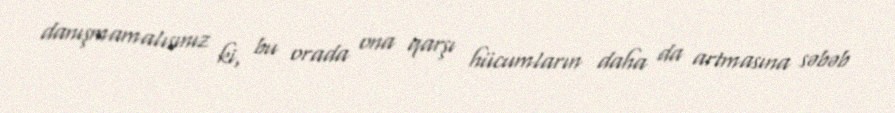
danışmamalısınız ki, bu orada ona qarşı hücumların daha da artmasına səbəb